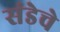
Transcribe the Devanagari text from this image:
संडेचे